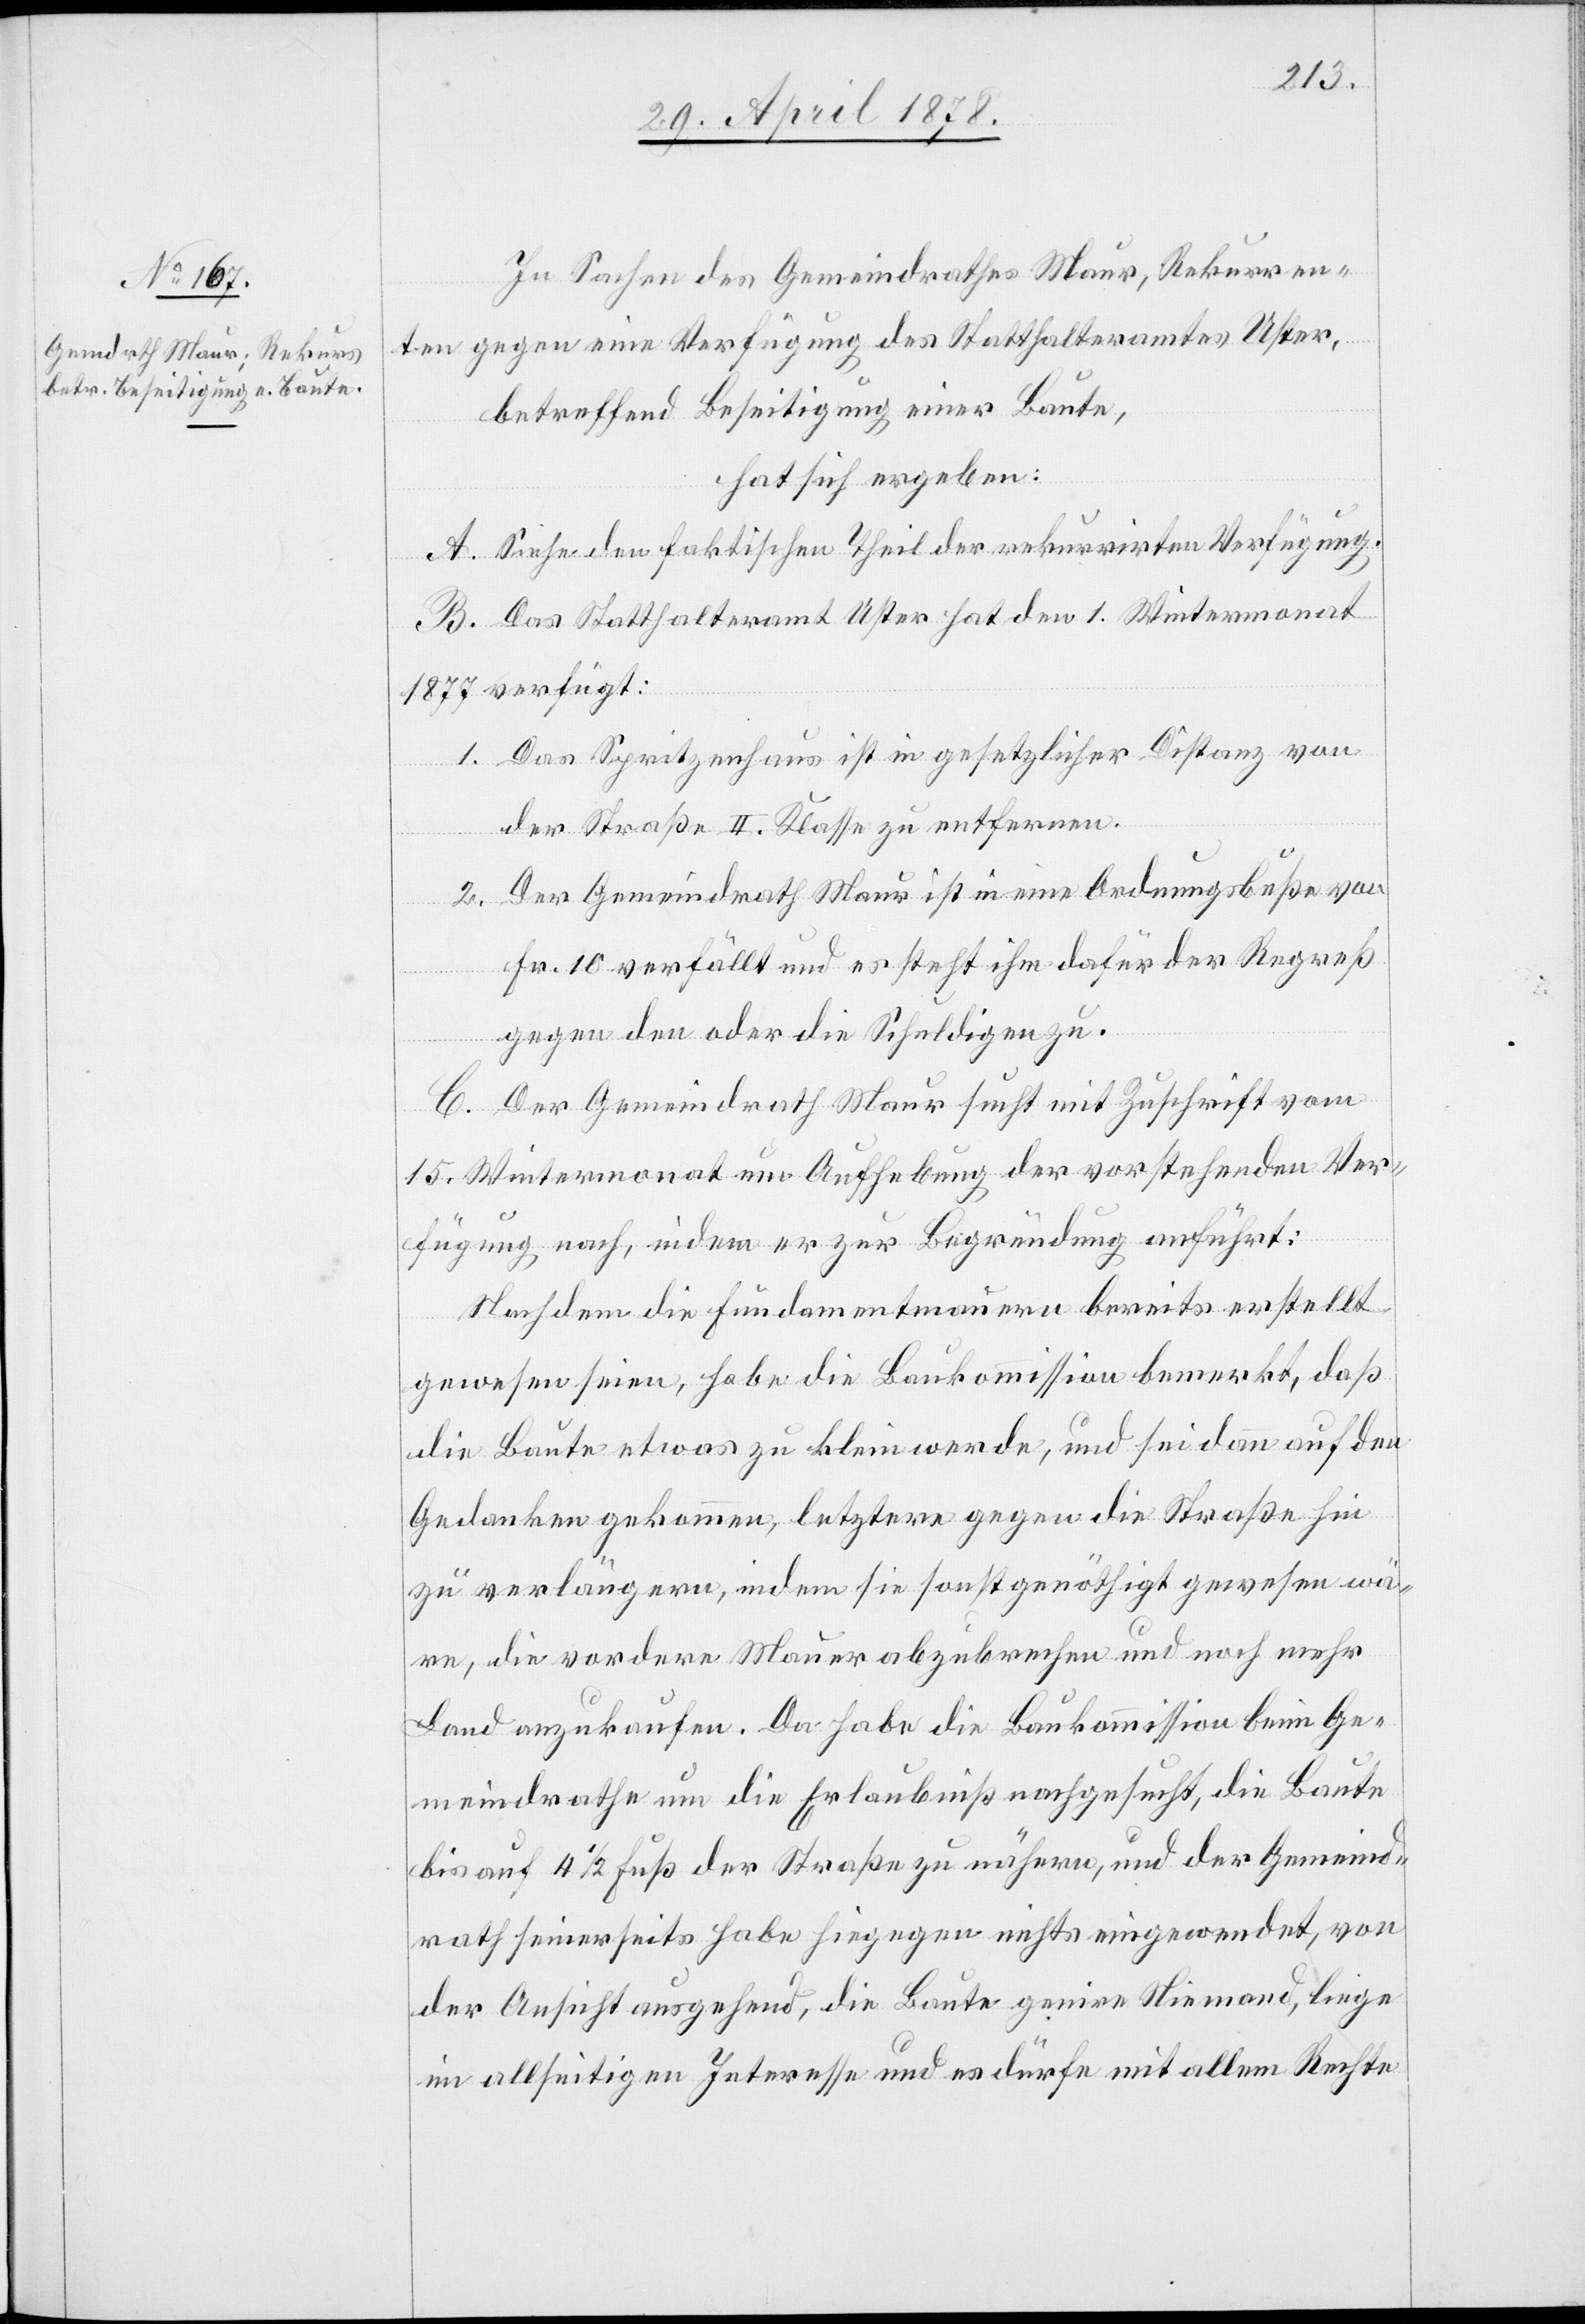
In Sachen des Gemeindrathes Maur, Rekurren¬
ten gegen eine Verfügung des Statthalteramtes Uster,
betreffend Beseitigung einer Baute,
hat sich ergeben:
A. Siehe den faktischen Theil der rekurrirten Verfügung.
B. Das Statthalteramt Uster hat den 1. Wintermonat
1877 verfügt:
1. Das Spritzenhaus ist in gesetzlicher Distanz von
der Straße II. Kasse zu entfernen.
2. Der Gemeindrath Maur ist in eine Ordnungsbuße von
Fr. 10 verfällt und es steht ihm dafür der Regreß
gegen den oder die Schuldigen zu.
C. Der Gemeindrath Maur sucht mit Zuschrift vom
15. Wintermonat um Aufhebung der vorstehenden Ver¬
fügung nach, indem er zur Begründung anführt:
Nachdem die Fundamentmauern bereits erstellt
gewesen seien, habe die Baukommission bemerkt, daß
die Baute etwas zu klein werde, und sei dann auf den
Gedanken gekommen, letztere gegen die Straße hin
zu verlängern, indem sie sonst genöthigt gewesen wä¬
re, die vordere Mauer abzubrechen und noch mehr
Land anzukaufen. Da habe die Baukommission beim Ge¬
meindrathe um die Erlaubniß nachgesucht, die Baute
bis auf 4 1/2 Fuß der Straße zu nähern, und der Gemeind¬
rath seinerseits habe hiegegen nichts eingewendet, von
der Ansicht ausgehend, die Baute genire Niemand, liege
im allseitigen Interesse und es dürfe mit allem Rechte